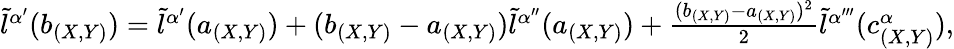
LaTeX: \begin{array}{r}{\tilde{l}^{\alpha^{\prime}}(b_{(X,Y)})=\tilde{l}^{\alpha^{\prime}}(a_{(X,Y)})+(b_{(X,Y)}-a_{(X,Y)})\tilde{l}^{\alpha^{\prime\prime}}(a_{(X,Y)})+\frac{(b_{(X,Y)}-a_{(X,Y)})^{2}}{2}\tilde{l}^{\alpha^{\prime\prime\prime}}(c_{(X,Y)}^{\alpha}),}\end{array}